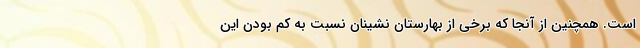
است. همچنین از آنجا که برخی از بهارستان نشینان نسبت به کم بودن این